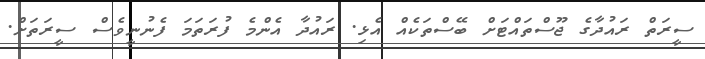
ސީރަތް ރައުދާގެ ޖޫސްތައްޓަށް ބޭސްތަކެއް އެޅި. ރައުދާ އެންމެ ފުރަތަމަ ފެނުނީވެސް ސީރަތަށް.